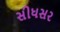
સીધસર